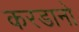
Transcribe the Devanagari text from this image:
करडानो